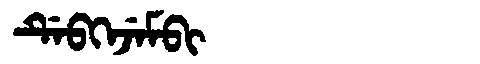
Manchu: ᡩᡝᠪᡴᡝᠵᡝᠮᠪᡳ
Romanization: DEBKEJEMBI